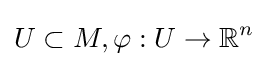
U\subset M,\varphi :U\rightarrow \mathbb {R} ^{n}